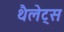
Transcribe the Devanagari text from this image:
थैलेट्स